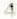
4